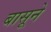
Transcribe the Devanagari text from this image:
बासूने